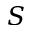
S